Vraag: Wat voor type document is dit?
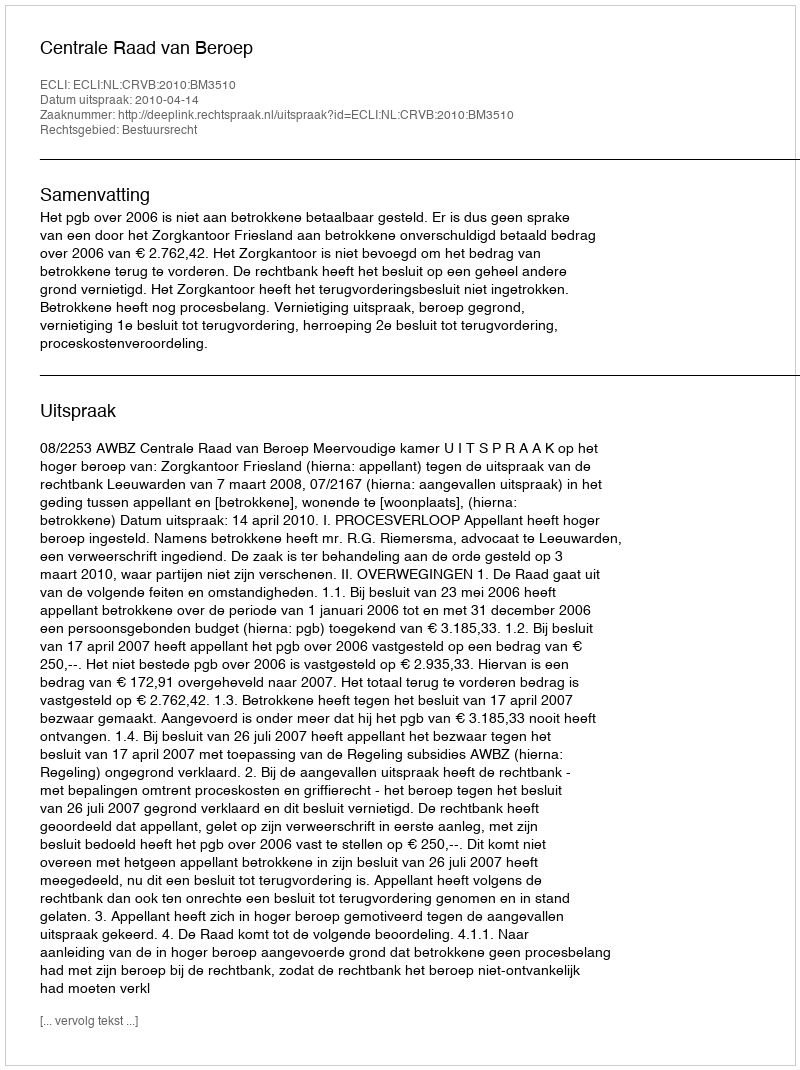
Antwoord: Uitspraak